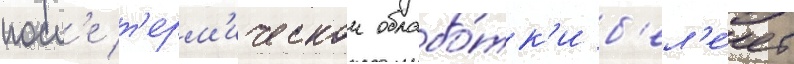
посл'е т'ерм'ическои обрабо́тк'и б'ел'е́ет